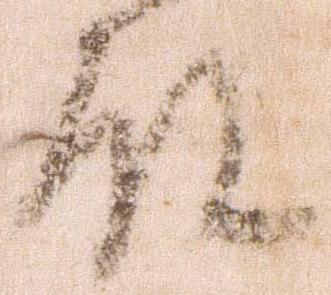
殿